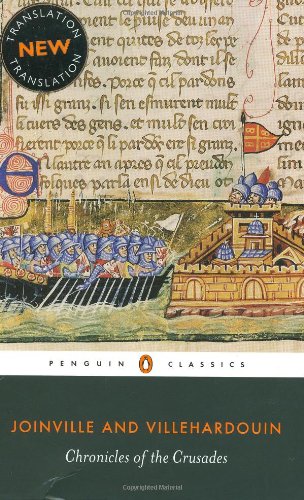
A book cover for Chronicles of the Crusades (Penguin Classics); Jean de Joinville; Religion & Spirituality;